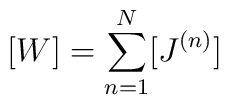
[W] = \sum_{n=1}^{N} [J^{(n)}]